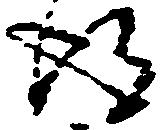
得